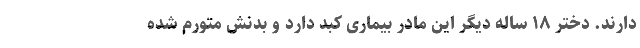
دارند. دختر ۱۸ ساله دیگر این مادر بیماری کبد دارد و بدنش متورم شده